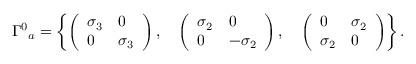
{ \Gamma ^ { 0 } } _ { a } = \left\{ \left( \begin{array} { l l } { { \sigma _ { 3 } } } & { { 0 } } \\ { { 0 } } & { { \sigma _ { 3 } } } \end{array} \right) , \quad \left( \begin{array} { l l } { { \sigma _ { 2 } } } & { { 0 } } \\ { { 0 } } & { { - \sigma _ { 2 } } } \end{array} \right) , \quad \left( \begin{array} { l l } { { 0 } } & { { \sigma _ { 2 } } } \\ { { \sigma _ { 2 } } } & { { 0 } } \end{array} \right) \right\} .